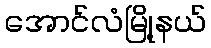
အောင်လံမြို့နယ်